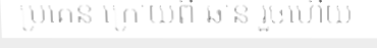
ប្រគេន ក្រោយពី ឆាន់ រួចហើយ